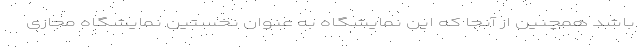
باشد همچنین از آنجا که این نمایشگاه به عنوان نخستین نمایشگاه مجازی